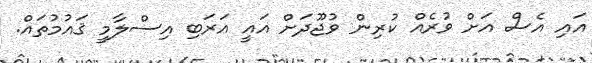
އައި އެސް އަށް ވުރެއް ކުރިން ވުޖޫދަށް އައީ އަރަބި އިސްލާމީ ޤައުމުތައް.